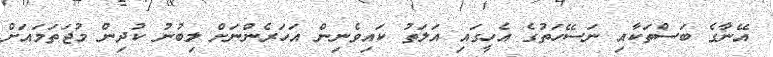
އޭނާގެ ބަސްތަކާއި ނަސޭހަތުގެ އެހީގައި އަލަތު ކައިވެނިން އަހަރެންނަށް ލިބުނު ކުދިން މުޖަތަމައަށް